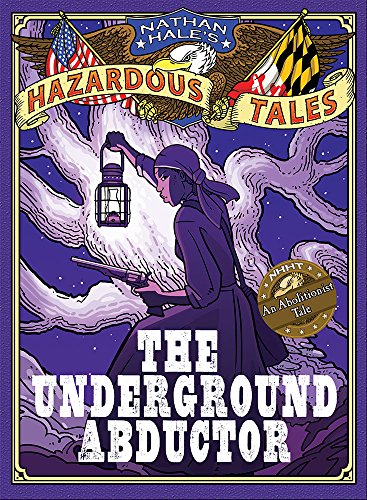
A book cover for Nathan Hale's Hazardous Tales: The Underground Abductor (An Abolitionist Tale about Harriet Tubman); Nathan Hale; Children's Books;